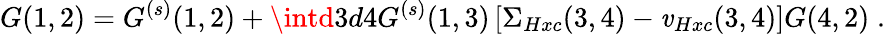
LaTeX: G(1,2)=G^{(s)}(1,2)+\intd3d4G^{(s)}(1,3)\left[\Sigma_{Hxc}(3,4)-\mathit{v}_{Hxc}(3,4)\right]G(4,2)\; .